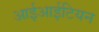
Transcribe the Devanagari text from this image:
आईआईटियन